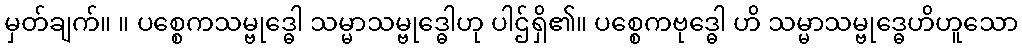
မှတ်ချက်။ ။ ပစ္စေကသမ္ဗုဒ္ဓေါ သမ္မာသမ္ဗုဒ္ဓေါဟု ပါဌ်ရှိ၏။ ပစ္စေကဗုဒ္ဓေါ ဟိ သမ္မာသမ္ဗုဒ္ဓေဟိဟူသော